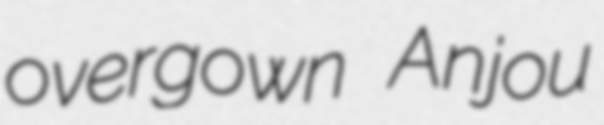
overgown Anjou